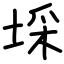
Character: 埰